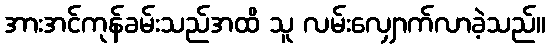
အားအင်ကုန်ခမ်းသည်အထိ သူ လမ်းလျှောက်လာခဲ့သည်။